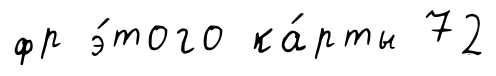
фр э́того ка́рты 72